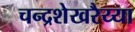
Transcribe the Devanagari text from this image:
चन्द्रशेखरैय्या